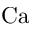
\mathrm { C a }